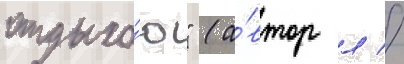
отдыха́ю" (а́втор л //